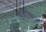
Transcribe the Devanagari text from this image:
कुज्हंथैक्कागा